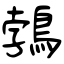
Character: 鵓